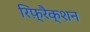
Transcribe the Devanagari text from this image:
रिफ़्रैक्शन